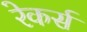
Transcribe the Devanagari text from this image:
रेकर्स